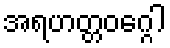
အရဟတ္တဝဂ္ဂေါ